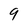
Character: 9